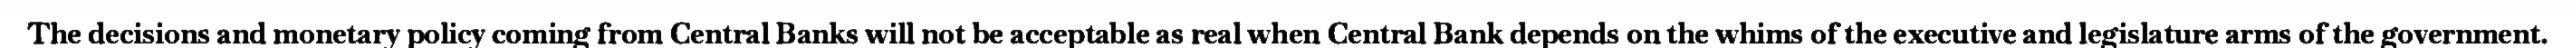
The decisions and monetary policy coming from Central Banks will not be acceptable as real when Central Bank depends on the whims of the executive and legislature arms of the government.